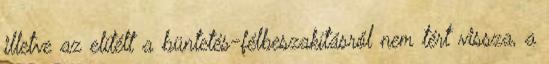
illetve az elítélt a büntetés-félbeszakításról nem tért vissza, a